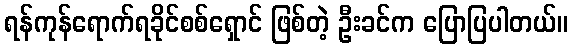
ရန်ကုန်ရောက်ရခိုင်စစ်ရှောင် ဖြစ်တဲ့ ဦးခင်က ပြောပြပါတယ်။